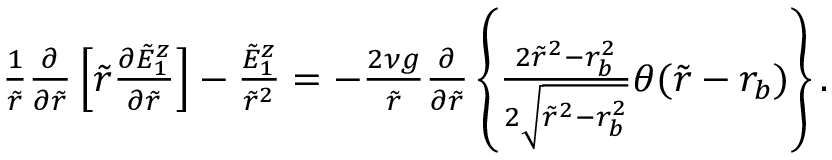
\begin{array} { r } { \frac { 1 } { \tilde { r } } \frac { \partial } { \partial \tilde { r } } \left[ \tilde { r } \frac { \partial \tilde { E } _ { 1 } ^ { z } } { \partial \tilde { r } } \right] - \frac { \tilde { E } _ { 1 } ^ { z } } { \tilde { r } ^ { 2 } } = - \frac { 2 \nu g } { \tilde { r } } \frac { \partial } { \partial \tilde { r } } \left\{ \frac { 2 \tilde { r } ^ { 2 } - r _ { b } ^ { 2 } } { 2 \sqrt { \tilde { r } ^ { 2 } - r _ { b } ^ { 2 } } } \theta ( \tilde { r } - r _ { b } ) \right\} . } \end{array}